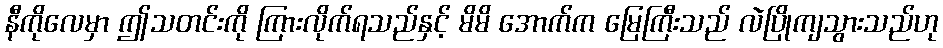
နီကိုလေမှာ ဤသတင်းကို ကြားလိုက်ရသည်နှင့် မိမိ အောက်က မြေကြီးသည် လဲပြိုကျသွားသည်ဟု